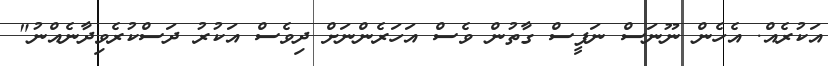
އަކުރެއް. އެހެން ނޫނަސް ނަފީސް ގާތުން ވެސް އަހަރެންނަށް ދިވެސް އަކުރު ދަސްކުރެވިދާނެއްނު"